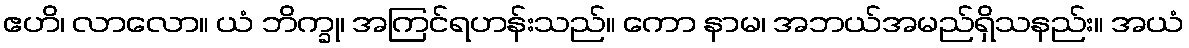
ဧဟိ၊ လာလော။ ယံ ဘိက္ခု၊ အကြင်ရဟန်းသည်။ ကော နာမ၊ အဘယ်အမည်ရှိသနည်း။ အယံ